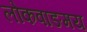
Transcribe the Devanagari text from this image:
लोकवाङमय